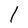
Character: l